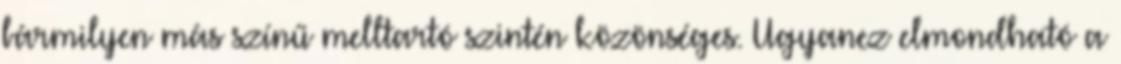
bármilyen más színű melltartó szintén közönséges. Ugyanez elmondható a